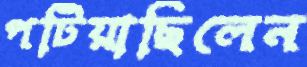
পটিয়াছিলেন